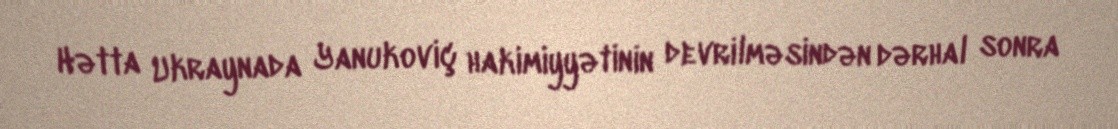
Hətta Ukraynada Yanukoviç hakimiyyətinin devrilməsindən dərhal sonra